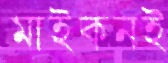
মাইকনই